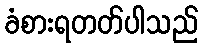
ခံစားရတတ်ပါသည်